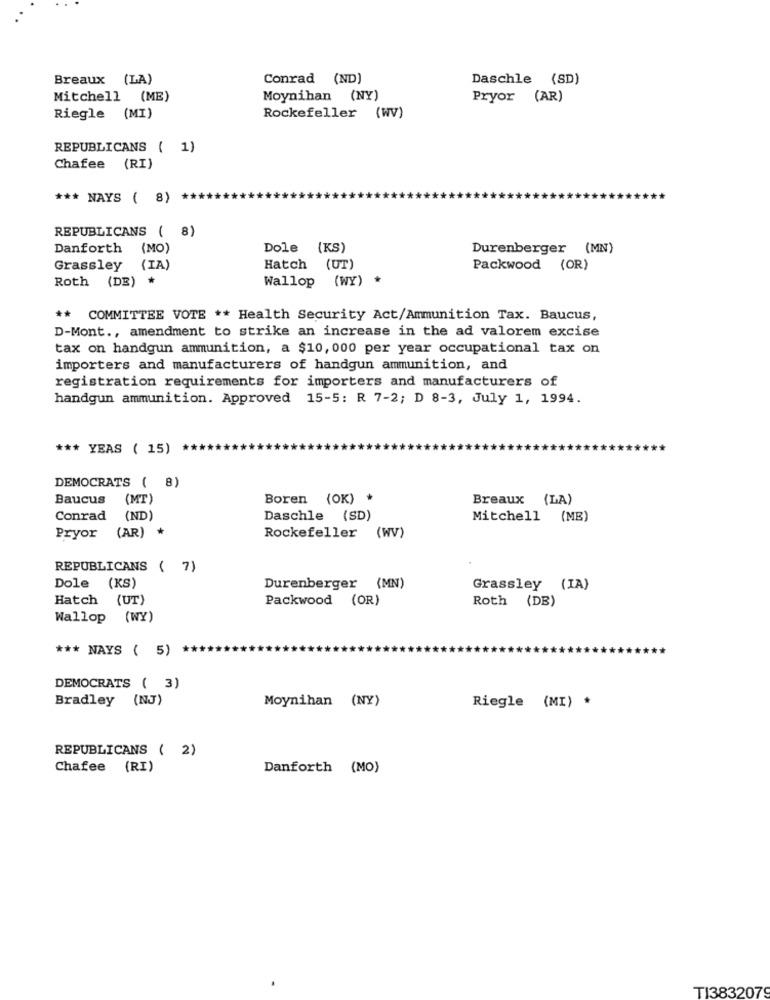
Breaux (LA)
Conrad (ND)
Daschle (SD)
Mitchell (ME)
Moynihan (NY)
Pryor (AR)
Riegle (MI)
Rockefeller (WV)
REPUBLICANS ( 1)
Chafee (RI)
*** NAYS ( 8) **
REPUBLICANS ( 8)
Danforth (MO)
Dole
(KS)
Durenberger (MN)
Grassley
(IA)
Hatch (UT)
Packwood (OR)
Roth (DE)
Wallop
(WY) *
** COMMITTEE VOTE ** Health Security Act/Ammunition Tax. Baucus,
D-Mont ., amendment to strike an increase in the ad valorem excise
tax on handgun ammunition, a $10, 000 per year occupational tax on
importers and manufacturers of handgun ammunition, and
registration requirements for importers and manufacturers of
handgun ammunition. Approved 15-5: R 7-2; D 8-3, July 1, 1994.
*** YEAS ( 15)
DEMOCRATS ( 8)
Baucus
(MT)
Boren (OK) *
Breaux (LA)
Conrad
(ND)
Daschle (SD)
Mitchell (MB)
Pryor (AR) *
Rockefeller (WV)
REPUBLICANS ( 7)
Dole (KS)
Durenberger (MN)
Grassley (IA)
Hatch (UT)
Packwood (OR)
Roth (DE)
Wallop (WY)
*** NAYS ( 5)
DEMOCRATS ( 3)
Bradley (NJ)
Moynihan (NY)
Riegle (MI) *
REPUBLICANS ( 2)
Chafee (RI)
Danforth (MO)
TI3832079